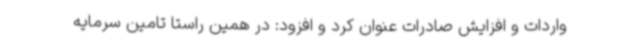
واردات و افزایش صادرات عنوان کرد و افزود: در همین راستا تامین سرمایه